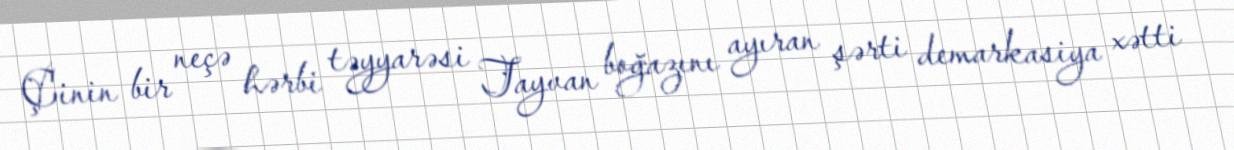
Çinin bir neçə hərbi təyyarəsi Tayvan boğazını ayıran şərti demarkasiya xətti